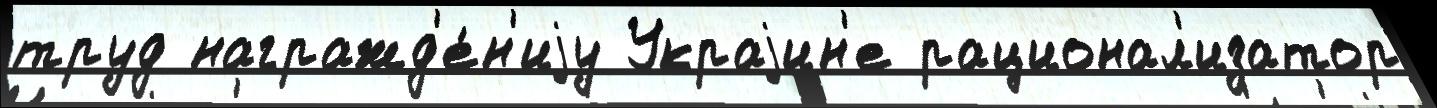
труд награжд'е́н'иjу Украjин'е рационал'изатор